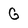
Character: G